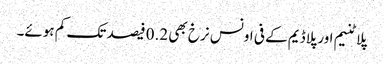
پلاٹنیم اور پلاڈیم کے فی اونس نرخ بھی 0.2 فیصد تک کم ہوئے۔